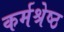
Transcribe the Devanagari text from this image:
कर्मश्रेष्ठ